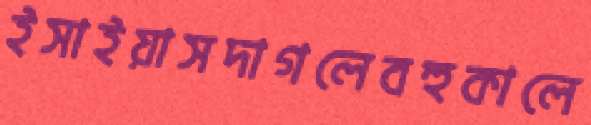
ইসাইয়াসদাগলেবহুকালে